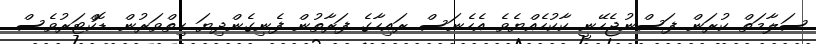
ސަލާމަތް ކުރަން ފަސްނުޖެހޭނީ ކާކުހެއްޔެވެ އެހެނަސް ރައިހާގެ ފަރާތުން ފެނިގެންދިޔަ ހިތްވަރުން ޑޮކްޓަރުވެސް